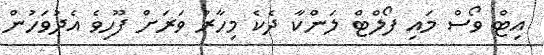
އިޓް ވޯސް މައި ފޯލްޓް ލަންކާ ދެކެ މިހާރު ވަރަށް ފޫހިވެ އެދުވަހުން